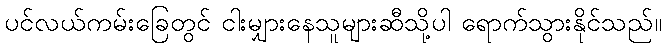
ပင်လယ်ကမ်းခြေတွင် ငါးမျှားနေသူများဆီသို့ပါ ရောက်သွားနိုင်သည်။